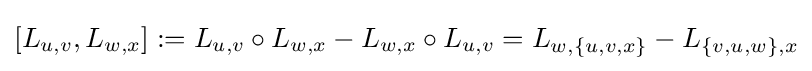
[L_{u,v},L_{w,x}]:=L_{u,v}\circ L_{w,x}-L_{w,x}\circ L_{u,v}=L_{w,\{u,v,x\}}-L_{\{v,u,w\},x}